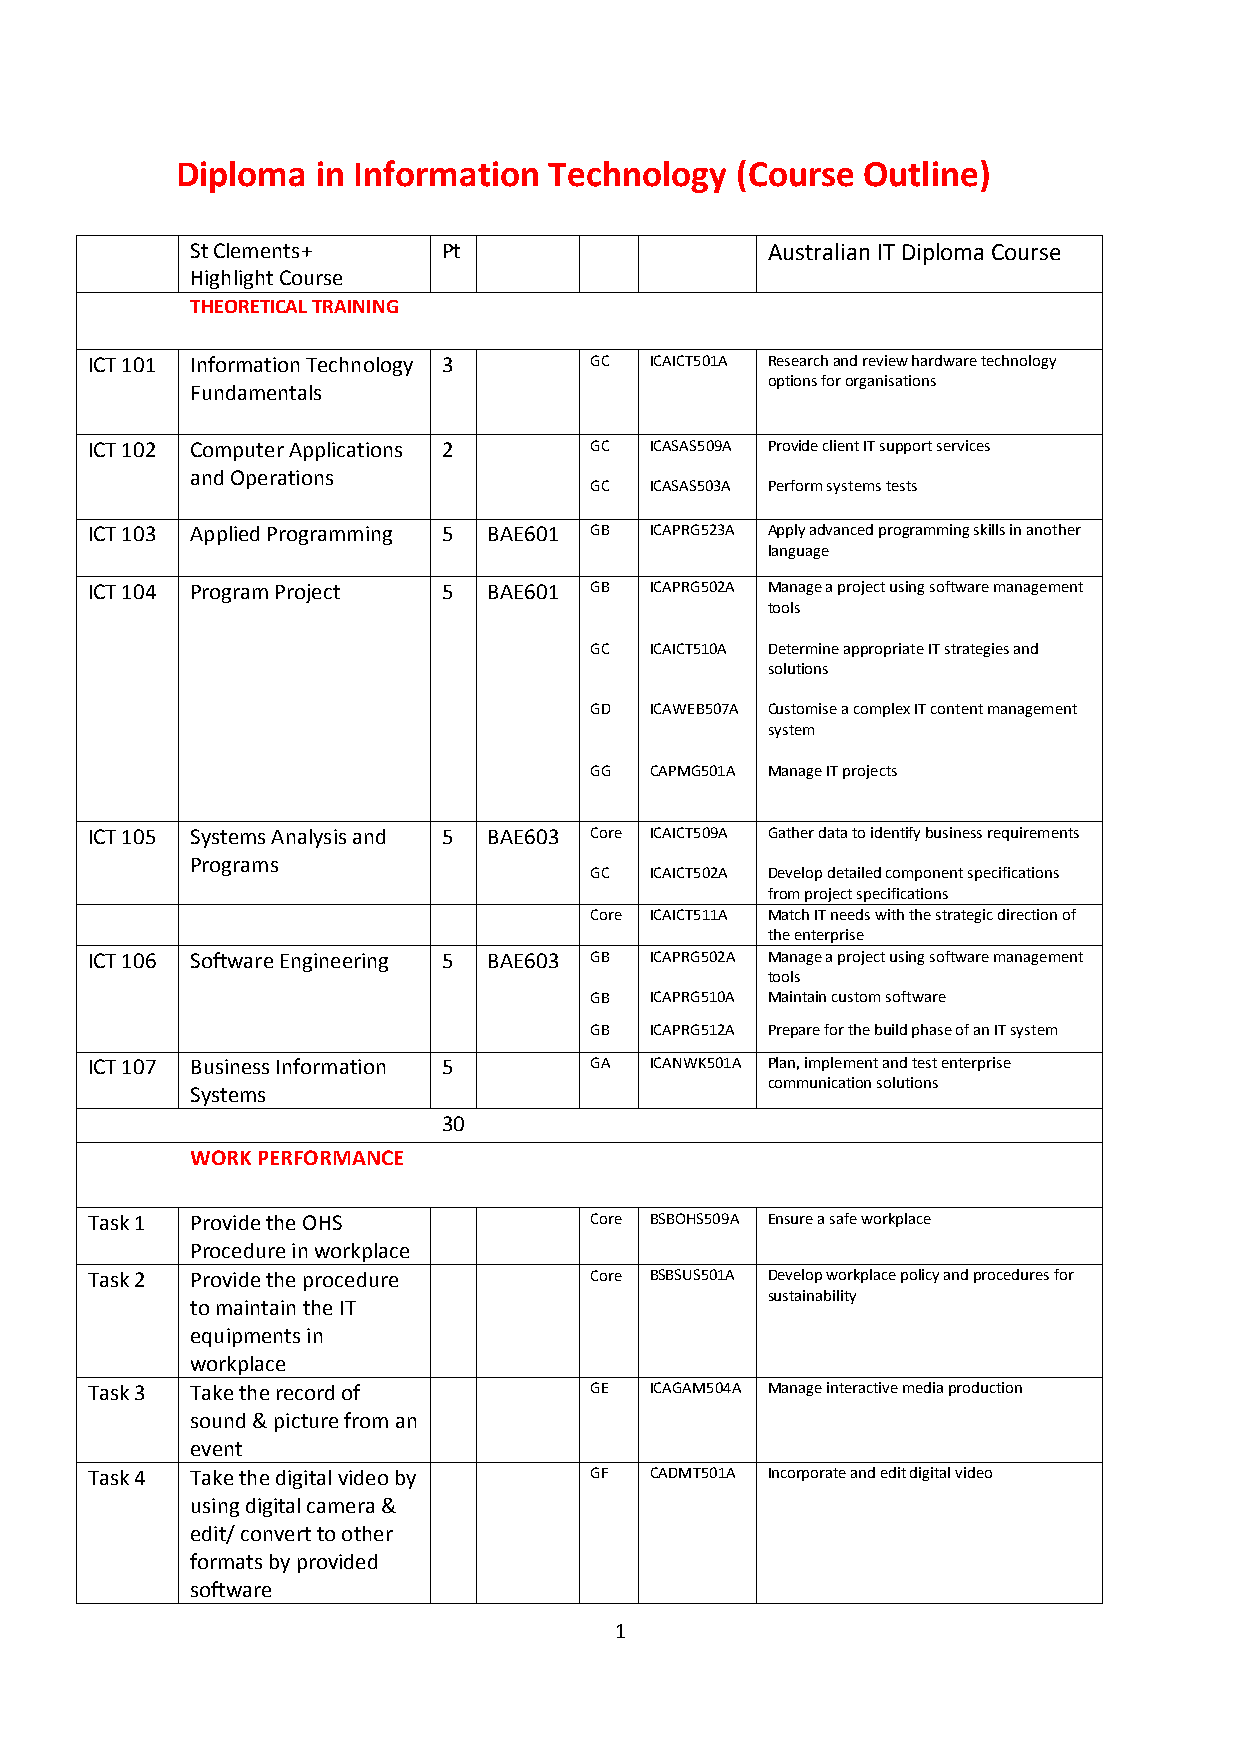
Diploma  in Information Technology   (Course Outline)
 St Clements+    Pt                    Australian IT Diploma Course
 Highlight Course
 THEORETICAL TRAINING
 ICT 101 Information Technology 3 GC  ICAICT501A Research and review hardware technology
 options for organisations
 Fundamentals
 ICT 102 Computer Applications 2  GC  ICASAS509A Provide client IT support services
 and Operations
 GC  ICASAS503A Perform systems tests
 ICT 103 Applied Programming 5 BAE601 GB ICAPRG523A Apply advanced programming skills in another
 language
 ICT 104 Program Project 5 BAE601 GB  ICAPRG502A Manage a project using software management
 tools
 GC  ICAICT510A Determine appropriate IT strategies and
 solutions
 GD  ICAWEB507A Customise a complex IT content management
 system
 GG  CAPMG501A Manage IT projects
 ICT 105 Systems Analysis and 5 BAE603 Core ICAICT509A Gather data to identify business requirements
 Programs
 GC  ICAICT502A Develop detailed component specifications
 from project specifications
 Core ICAICT511A Match IT needs with the strategic direction of
 the enterprise
 ICT 106 Software Engineering 5 BAE603 GB ICAPRG502A Manage a project using software management
 tools
 GB  ICAPRG510A Maintain custom software
 GB  ICAPRG512A Prepare for the build phase of an IT system
 ICT 107 Business Information 5   GA  ICANWK501A Plan, implement and test enterprise
 communication solutions
 Systems
 30
 WORK PERFORMANCE
 Task 1 Provide the OHS           Core BSBOHS509A Ensure a safe workplace
 Procedure in workplace
 Task 2 Provide the procedure     Core BSBSUS501A Develop workplace policy and procedures for
 sustainability
 to maintain the IT
 equipments in
 workplace
 Task 3 Take the record of        GE  ICAGAM504A Manage interactive media production
 sound & picture from an
 event
 Task 4 Take the digital video by GF  CADMT501A Incorporate and edit digital video
 using digital camera &
 edit/ convert to other
 formats by provided
 software
 1